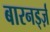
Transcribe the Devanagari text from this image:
बारनर्ड्ज़